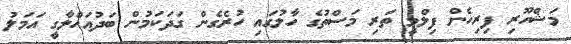
މަޝްހޫރި ފިރިހެން ފިލްމީ ތަރި މަސްތުގެ ހާލުގައި ހުރެގެން ގަދަކަމުން ބަދުއަހްލާގީ އަމަލު